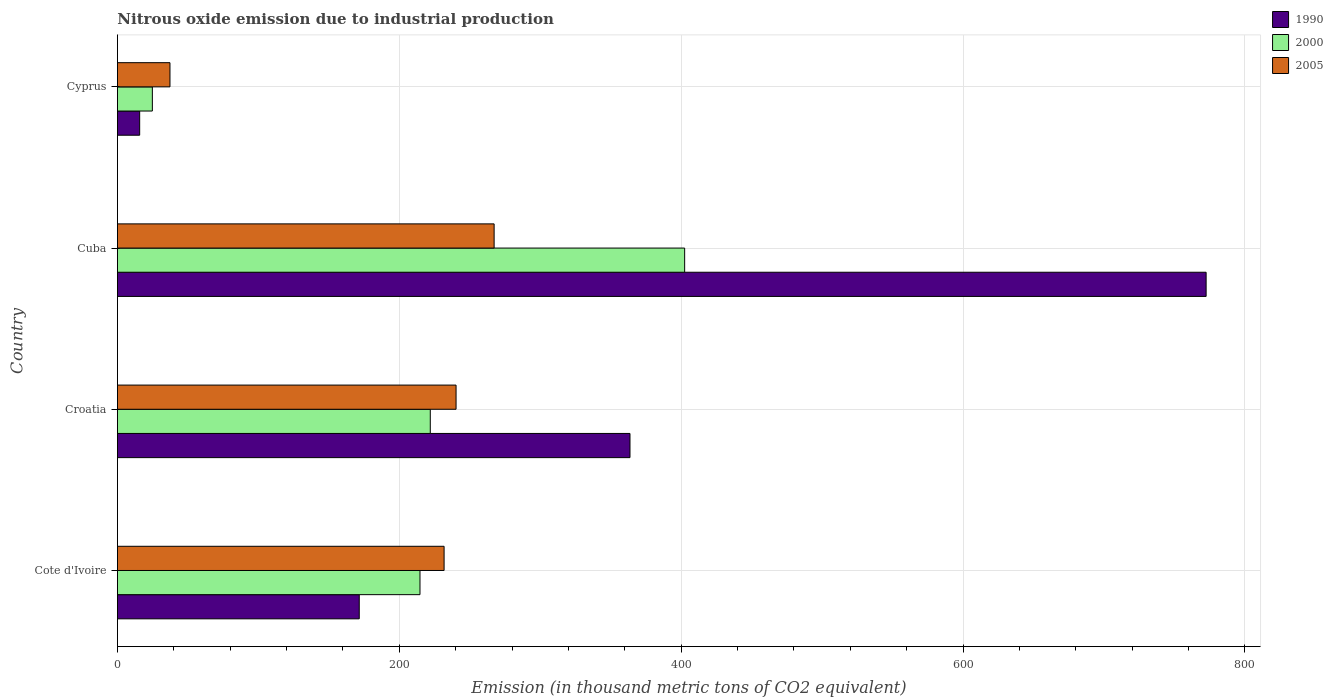
| Country | 1990 | 2000 | 2005 |
 | --- | --- | --- | --- |
 | Cote d'Ivoire | 172 | 215 | 232 |
 | Croatia | 364 | 222 | 240 |
 | Cuba | 772 | 402 | 267 |
 | Cyprus | 15.8 | 24.8 | 37.3 |